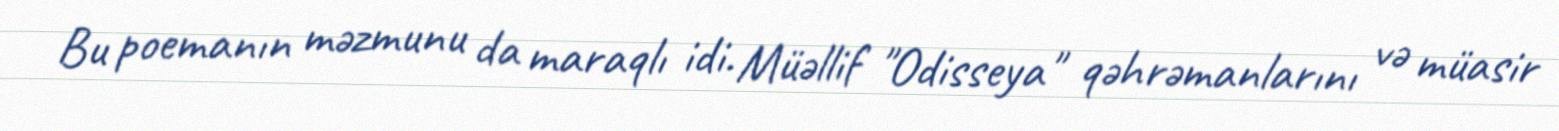
Bu poemanın məzmunu da maraqlı idi. Müəllif "Odisseya" qəhrəmanlarını və müasir